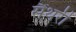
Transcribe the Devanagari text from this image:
सैंथरी